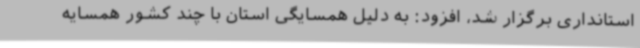
استانداری برگزار شد، افزود: به دلیل همسایگی استان با چند کشور همسایه